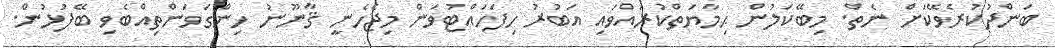
ބަންދުކުރެވޭކަށް ނެތް. މިބޭކަލުން ޙިމާޔަތްކުރައްވައި އަބުރު ހިފަހައްޓުވަން މިޖެހެނީ ޤާނޫނު ހިންގަވަންތިއްބެވި ބޭފުޅުން.